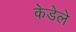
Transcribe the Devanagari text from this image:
केडेले